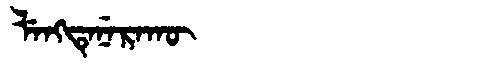
Manchu: ᠯᡝᠩᡨᡝᠨᡝᡵᠠᡴᡡ
Romanization: LENGTENERAKŪ